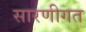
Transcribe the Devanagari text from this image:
सारणीगत